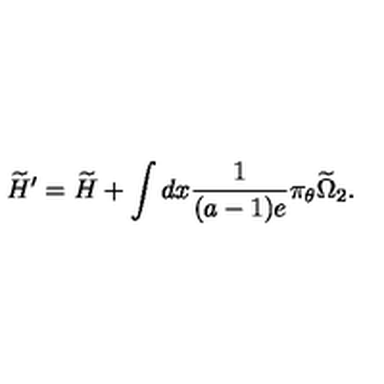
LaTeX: \widetilde { H } ^ { \prime } = \widetilde H + \int d x \frac { 1 } { ( a - 1 ) e } \pi _ { \theta } \widetilde { \Omega } _ { 2 } .